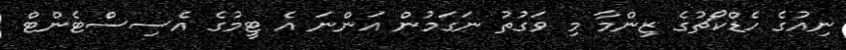
ނިއުގެ ހެޑްކޯޗުގެ ޒިންމާ މި ވަގުތު ނަގަމުން އަންނަ އެ ޓީމުގެ އެސިސްޓެންޓް